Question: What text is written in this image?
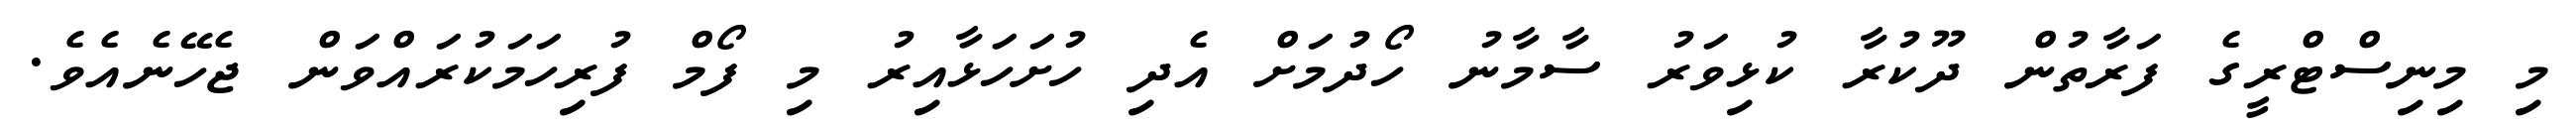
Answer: މި މިނިސްޓްރީގެ ފަރާތުން ދޫކުރާ ކުޅިވަރު ސާމާނު ހޯދުމަށް އެދި ހުށަހަޅާއިރު މި ފޯމް ފުރިހަމަކުރައްވަން ޖެހޭނެއެވެ.